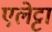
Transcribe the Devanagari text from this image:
एलेट्टा